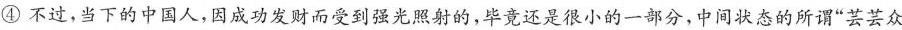
④不过，当下的中国人，因成功发财而受到强光照射的，毕竟还是很小的一部分，中间状态的所谓”芸芸众